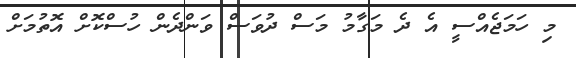
މި ހަމަޖެއްސީ އެ ދެ މަގާމު މަސް ދުވަސް ވަންދެން ހުސްކޮށް އޮތުމަށް